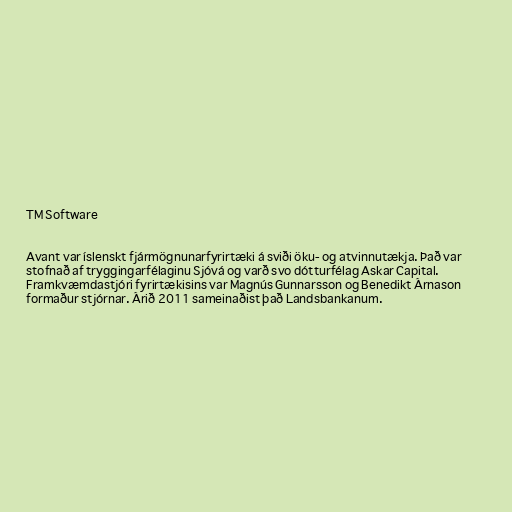
TM Software

Avant var íslenskt fjármögnunarfyrirtæki á sviði öku- og atvinnutækja. Það var
stofnað af tryggingarfélaginu Sjóvá og varð svo dótturfélag Askar Capital.
Framkvæmdastjóri fyrirtækisins var Magnús Gunnarsson og Benedikt Árnason
formaður stjórnar. Árið 2011 sameinaðist það Landsbankanum.